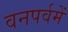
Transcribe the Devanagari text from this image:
वनपर्वमें